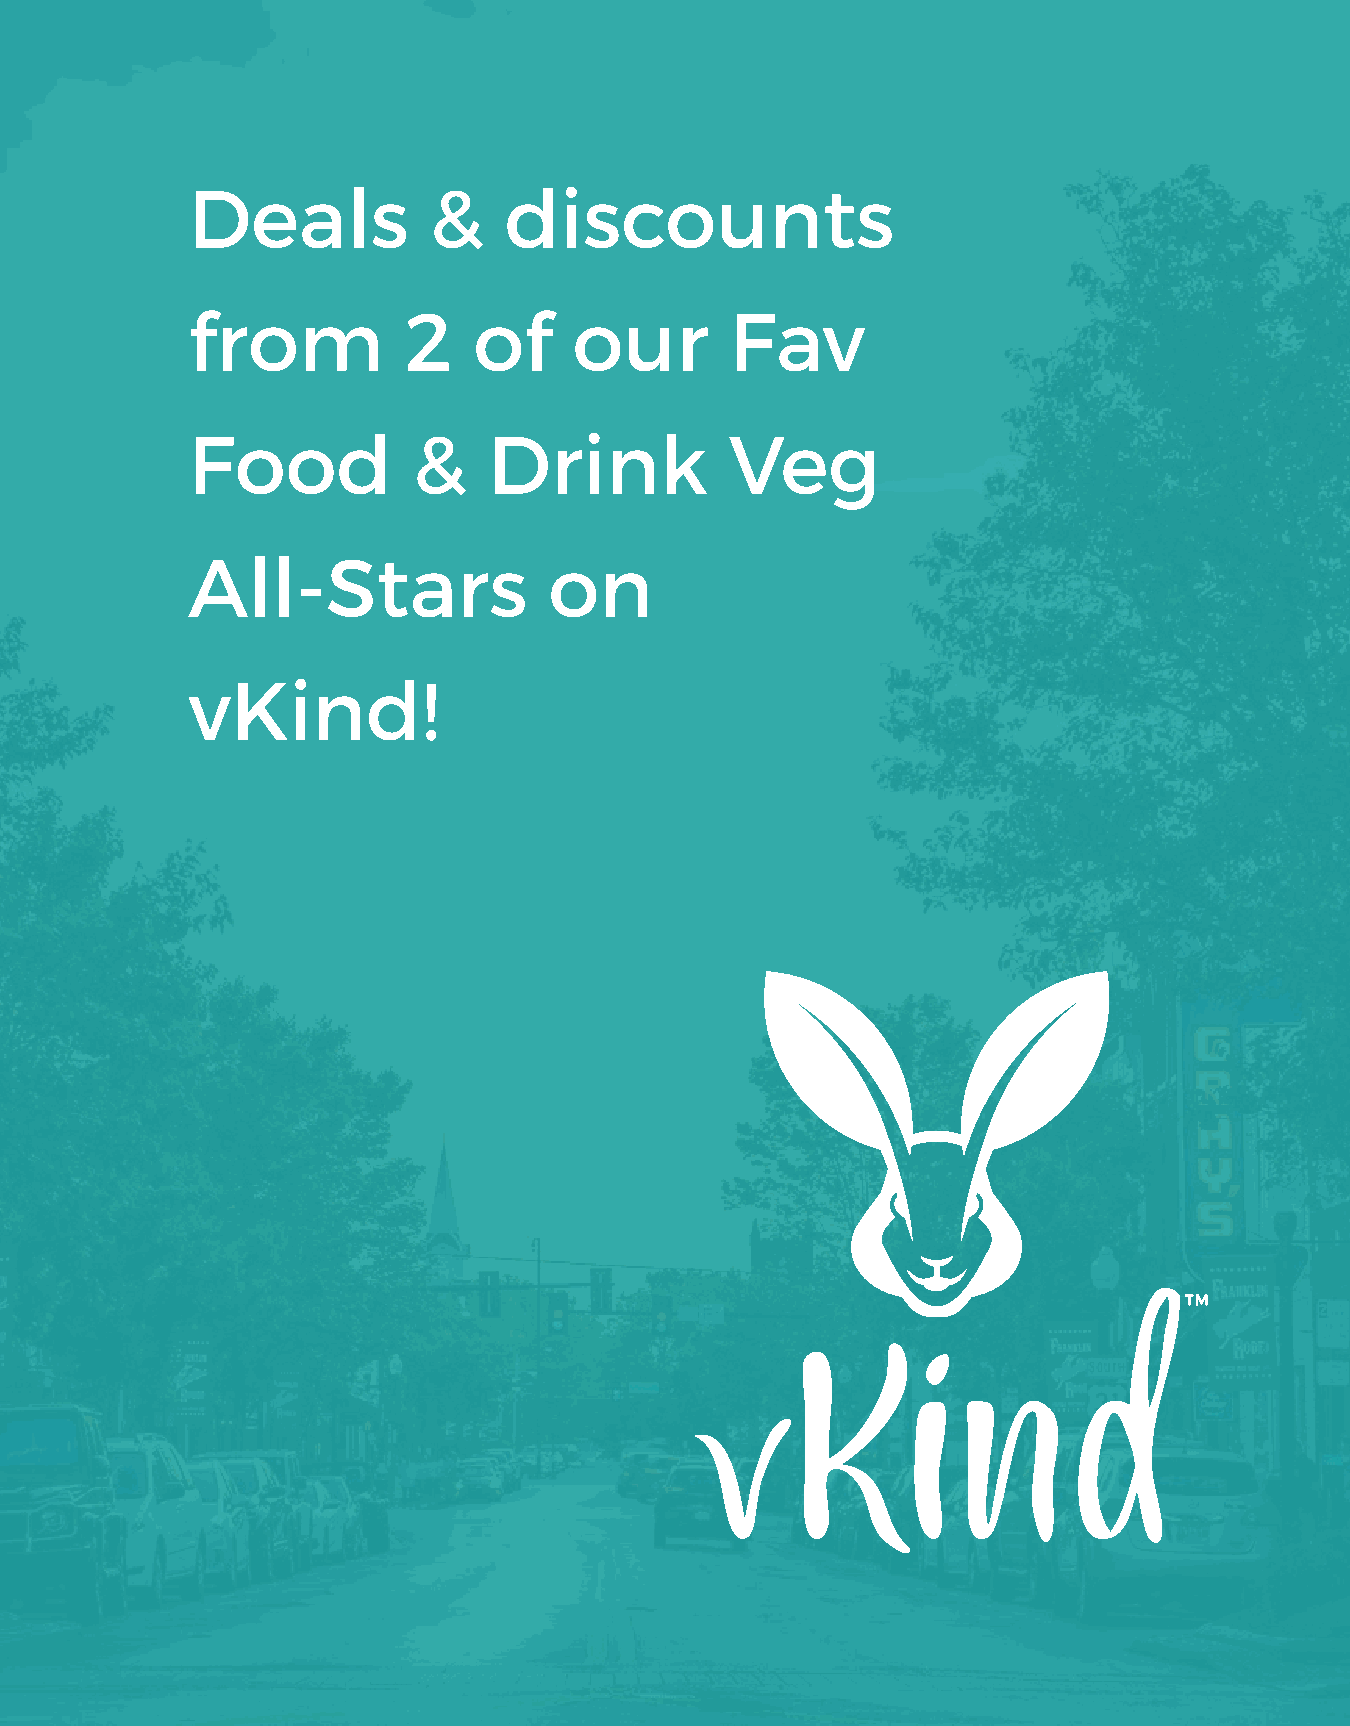
Deals           &    discounts
 from           2   of     our       Fav
 Food           &    Drink           Veg
 All-Stars               on
 vKind!